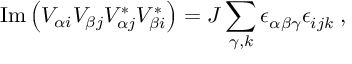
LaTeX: \mathrm { I m } \left( V _ { \alpha i } V _ { \beta j } V _ { \alpha j } ^ { * } V _ { \beta i } ^ { * } \right) = { \cal J } \sum _ { \gamma , k } \epsilon _ { \alpha \beta \gamma } ^ { ~ } \epsilon _ { i j k } ^ { ~ } \; ,